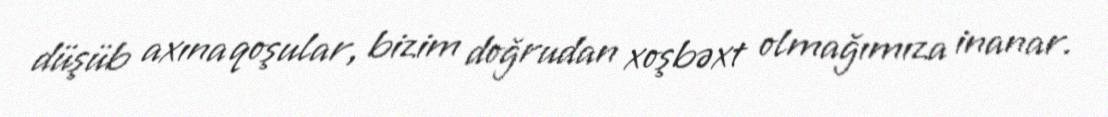
düşüb axına qoşular, bizim doğrudan xoşbəxt olmağımıza inanar.